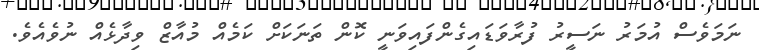
ނަމަވެސް އުމަރު ނަސީރު ފުރާވަޑައިގެންފައިވަނީ ކޮން ތަނަކަށް ކަމެއް މުއާޒް ވިދާޅެއް ނުވެއެވެ.